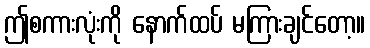
ဤစကားလုံးကို နောက်ထပ် မကြားချင်တော့။